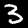
Digit: 3